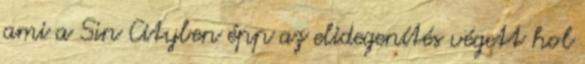
ami a Sin Cityben épp az elidegenítés végett hol